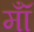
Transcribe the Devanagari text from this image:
मॉँ